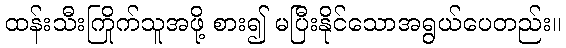
ထန်းသီးကြိုက်သူအဖို့ စား၍ မပြီးနိုင်သောအရွယ်ပေတည်း။